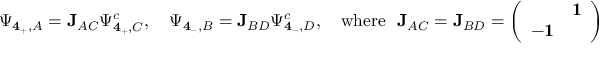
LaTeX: \Psi _ { { \bf 4 } _ { + } , A } = { \bf J } _ { A C } \Psi _ { { \bf 4 } _ { + } , C } ^ { c } , \quad \Psi _ { { \bf 4 } _ { - } , B } = { \bf J } _ { B D } \Psi _ { { \bf 4 } _ { - } , D } ^ { c } , \quad \mathrm { w h e r e ~ ~ } { \bf J } _ { A C } = { \bf J } _ { B D } = \left( \begin{array} { c c } { { } } & { { { \bf 1 } } } \\ { { - { \bf 1 } } } & { { } } \end{array} \right) .